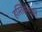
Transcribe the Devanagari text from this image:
हस्तिसेनापति